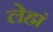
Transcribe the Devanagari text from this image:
लेह्मं